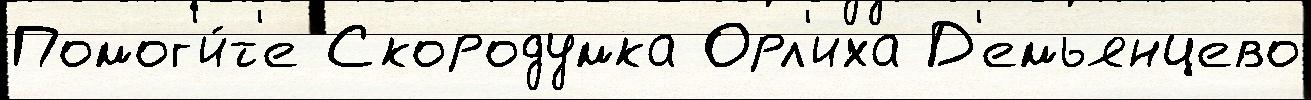
Помог'и́т'е Скородумка Орл'иха Д'емьянцево